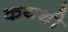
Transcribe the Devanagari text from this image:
कयथी